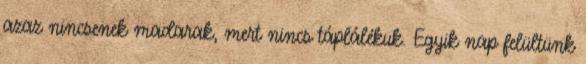
azaz nincsenek madarak, mert nincs táplálékuk. Egyik nap felültünk